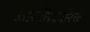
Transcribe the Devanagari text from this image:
उत्तराधिकारिक